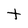
Character: t